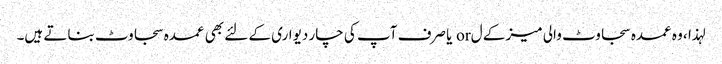
لہذا ، وہ عمدہ سجاوٹ والی میز کے ل or یا صرف آپ کی چار دیواری کے لئے بھی عمدہ سجاوٹ بناتے ہیں۔